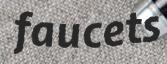
faucets